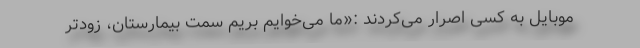
موبایل به کسی اصرار می‌کردند :«ما می‌خوایم بریم سمت بیمارستان، زودتر